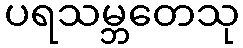
ပရသမ္ဘတေသု